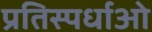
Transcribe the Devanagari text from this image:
प्रतिस्पर्धाओ